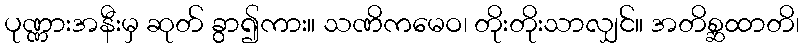
ပုဏ္ဏားအနီးမှ ဆုတ် ခွာ၍ကား။ သဏိကမေဝ၊ တိုးတိုးသာလျှင်။ အတိစ္ဆထာတိ၊